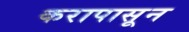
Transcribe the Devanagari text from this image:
करापासून